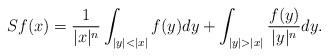
LaTeX: \begin{align*}Sf(x)=\frac 1{|x|^n}\int_{|y|<|x|} f(y) dy + \int_{|y|>|x|} \frac {f(y)}{|y|^n} dy.\end{align*}